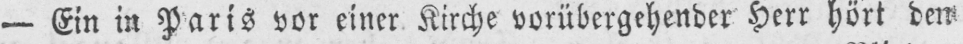
- Ein in Paris vor einer Kirche vorübergehender Herr hört den